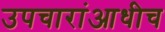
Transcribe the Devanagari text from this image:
उपचारांआधीच